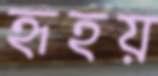
হৃহয়